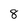
Character: 8